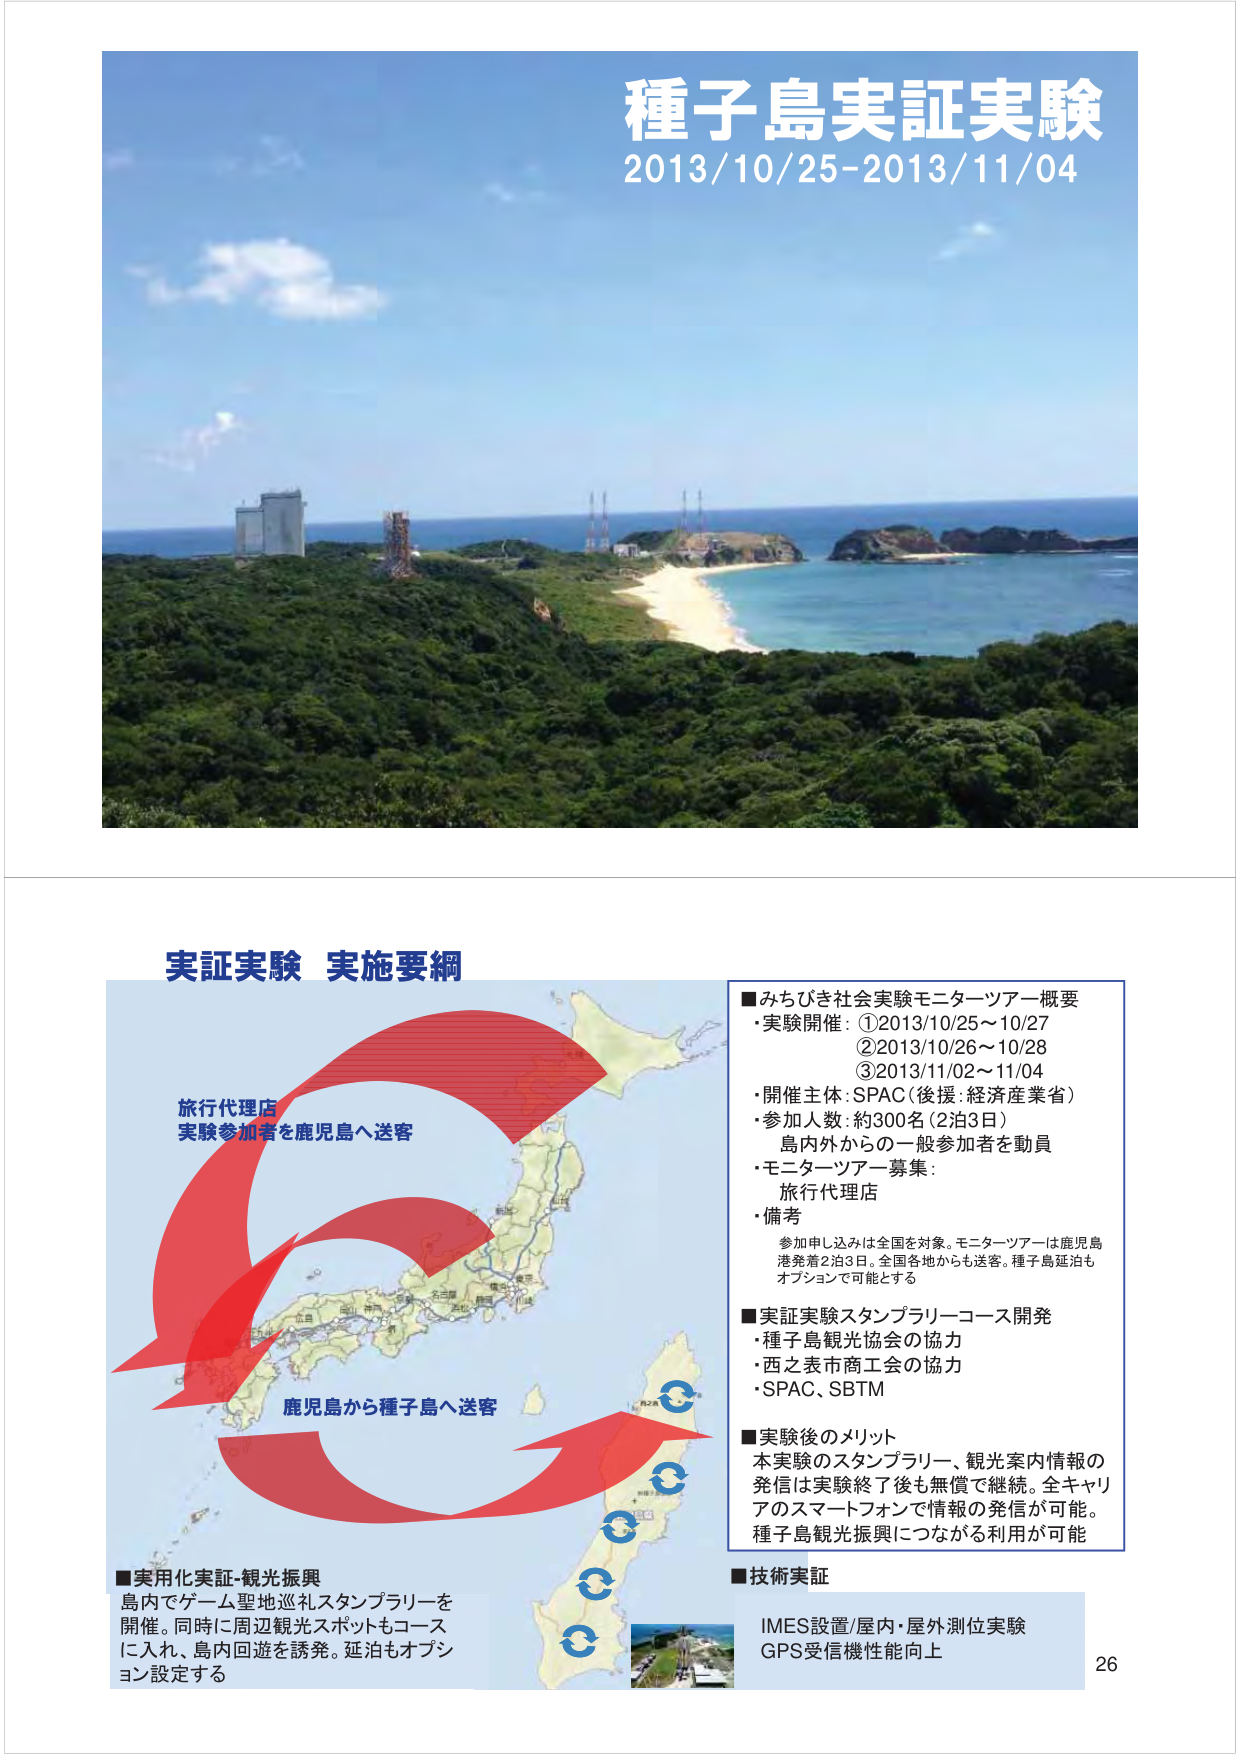
種子島実証実験
2013/10/25-2013/11/04

実証実験 実施要綱

旅行代理店
実験参加者を鹿児島へ送客

鹿児島から種子島へ送客

■みちびき社会実験モニターツアー概要
・実験開催：①2013/10/25～10/27
　　　　　②2013/10/26～10/28
　　　　　③2013/11/02～11/04
・開催主体：SPAC（後援：経済産業省）
・参加人数：約300名（2泊3日）
　　　　　島内外からの一般参加者を動員
・モニターツアー募集：
　　　旅行代理店
・備考
　参加申し込みは全国を対象。モニターツアーは鹿児島港発着2泊3日。全国各地からも送客。種子島延泊もオプションで可能とする

■実証実験スタンプラリーコース開発
・種子島観光協会の協力
・西之表市商工会の協力
・SPAC、SBTM

■実験後のメリット
本実験のスタンプラリー、観光案内情報の発信は実験終了後も無償で継続。全キャリアのスマートフォンで情報の発信が可能。種子島観光振興につながる利用が可能

■実用化実証-観光振興
島内でゲーム聖地巡礼スタンプラリーを開催。同時に周辺観光スポットもコースに入れ、島内回遊を誘発。延泊もオプション設定する

■技術実証
IMES設置/屋内・屋外測位実験
GPS受信機性能向上

26